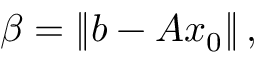
\beta = \| b - A x _ { 0 } \| \, ,